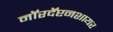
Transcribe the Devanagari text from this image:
नॉरदॅप्टनशायर